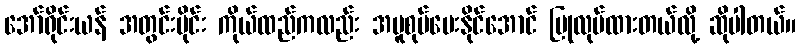
အော်ရိုင်းယန် အတွင်းပိုင်း ကိုယ်ထည်ကလည်း အပူစုပ်ပေးနိုင်အောင် ပြုလုပ်ထားတယ်လို့ ဆိုပါတယ်။